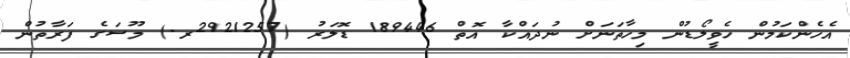
އެހެންކަމުން ހެވީލޯޑުން މިހާތަނަށް ނުދައްކާ އޮތް 189446 ޑޮލަރު (2921257ރ.) މޫސަގެ ފަރާތުން